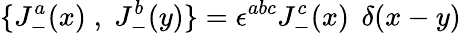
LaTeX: \{ J_{-}^{a}(x)\; ,\; J_{-}^{b}(y)\} =\epsilon^{abc}J_{-}^{c}(x)\, \; \delta(x-y)